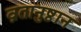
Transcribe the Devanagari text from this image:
व्रतानुष्ठान